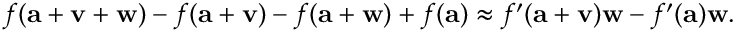
f ( \mathbf { a } + \mathbf { v } + \mathbf { w } ) - f ( \mathbf { a } + \mathbf { v } ) - f ( \mathbf { a } + \mathbf { w } ) + f ( \mathbf { a } ) \approx f ^ { \prime } ( \mathbf { a } + \mathbf { v } ) \mathbf { w } - f ^ { \prime } ( \mathbf { a } ) \mathbf { w } .